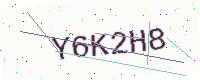
Text: Y6K2H8